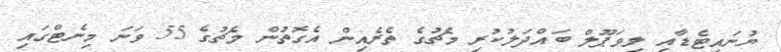
ޔުނައިޓެޑާއި ލިވަޕޫލް ބައްދަލުކުރި މެޗުގެ ތެރެއިން އެގޮތުން މެޗުގެ 55 ވަނަ މިނެޓްގައި